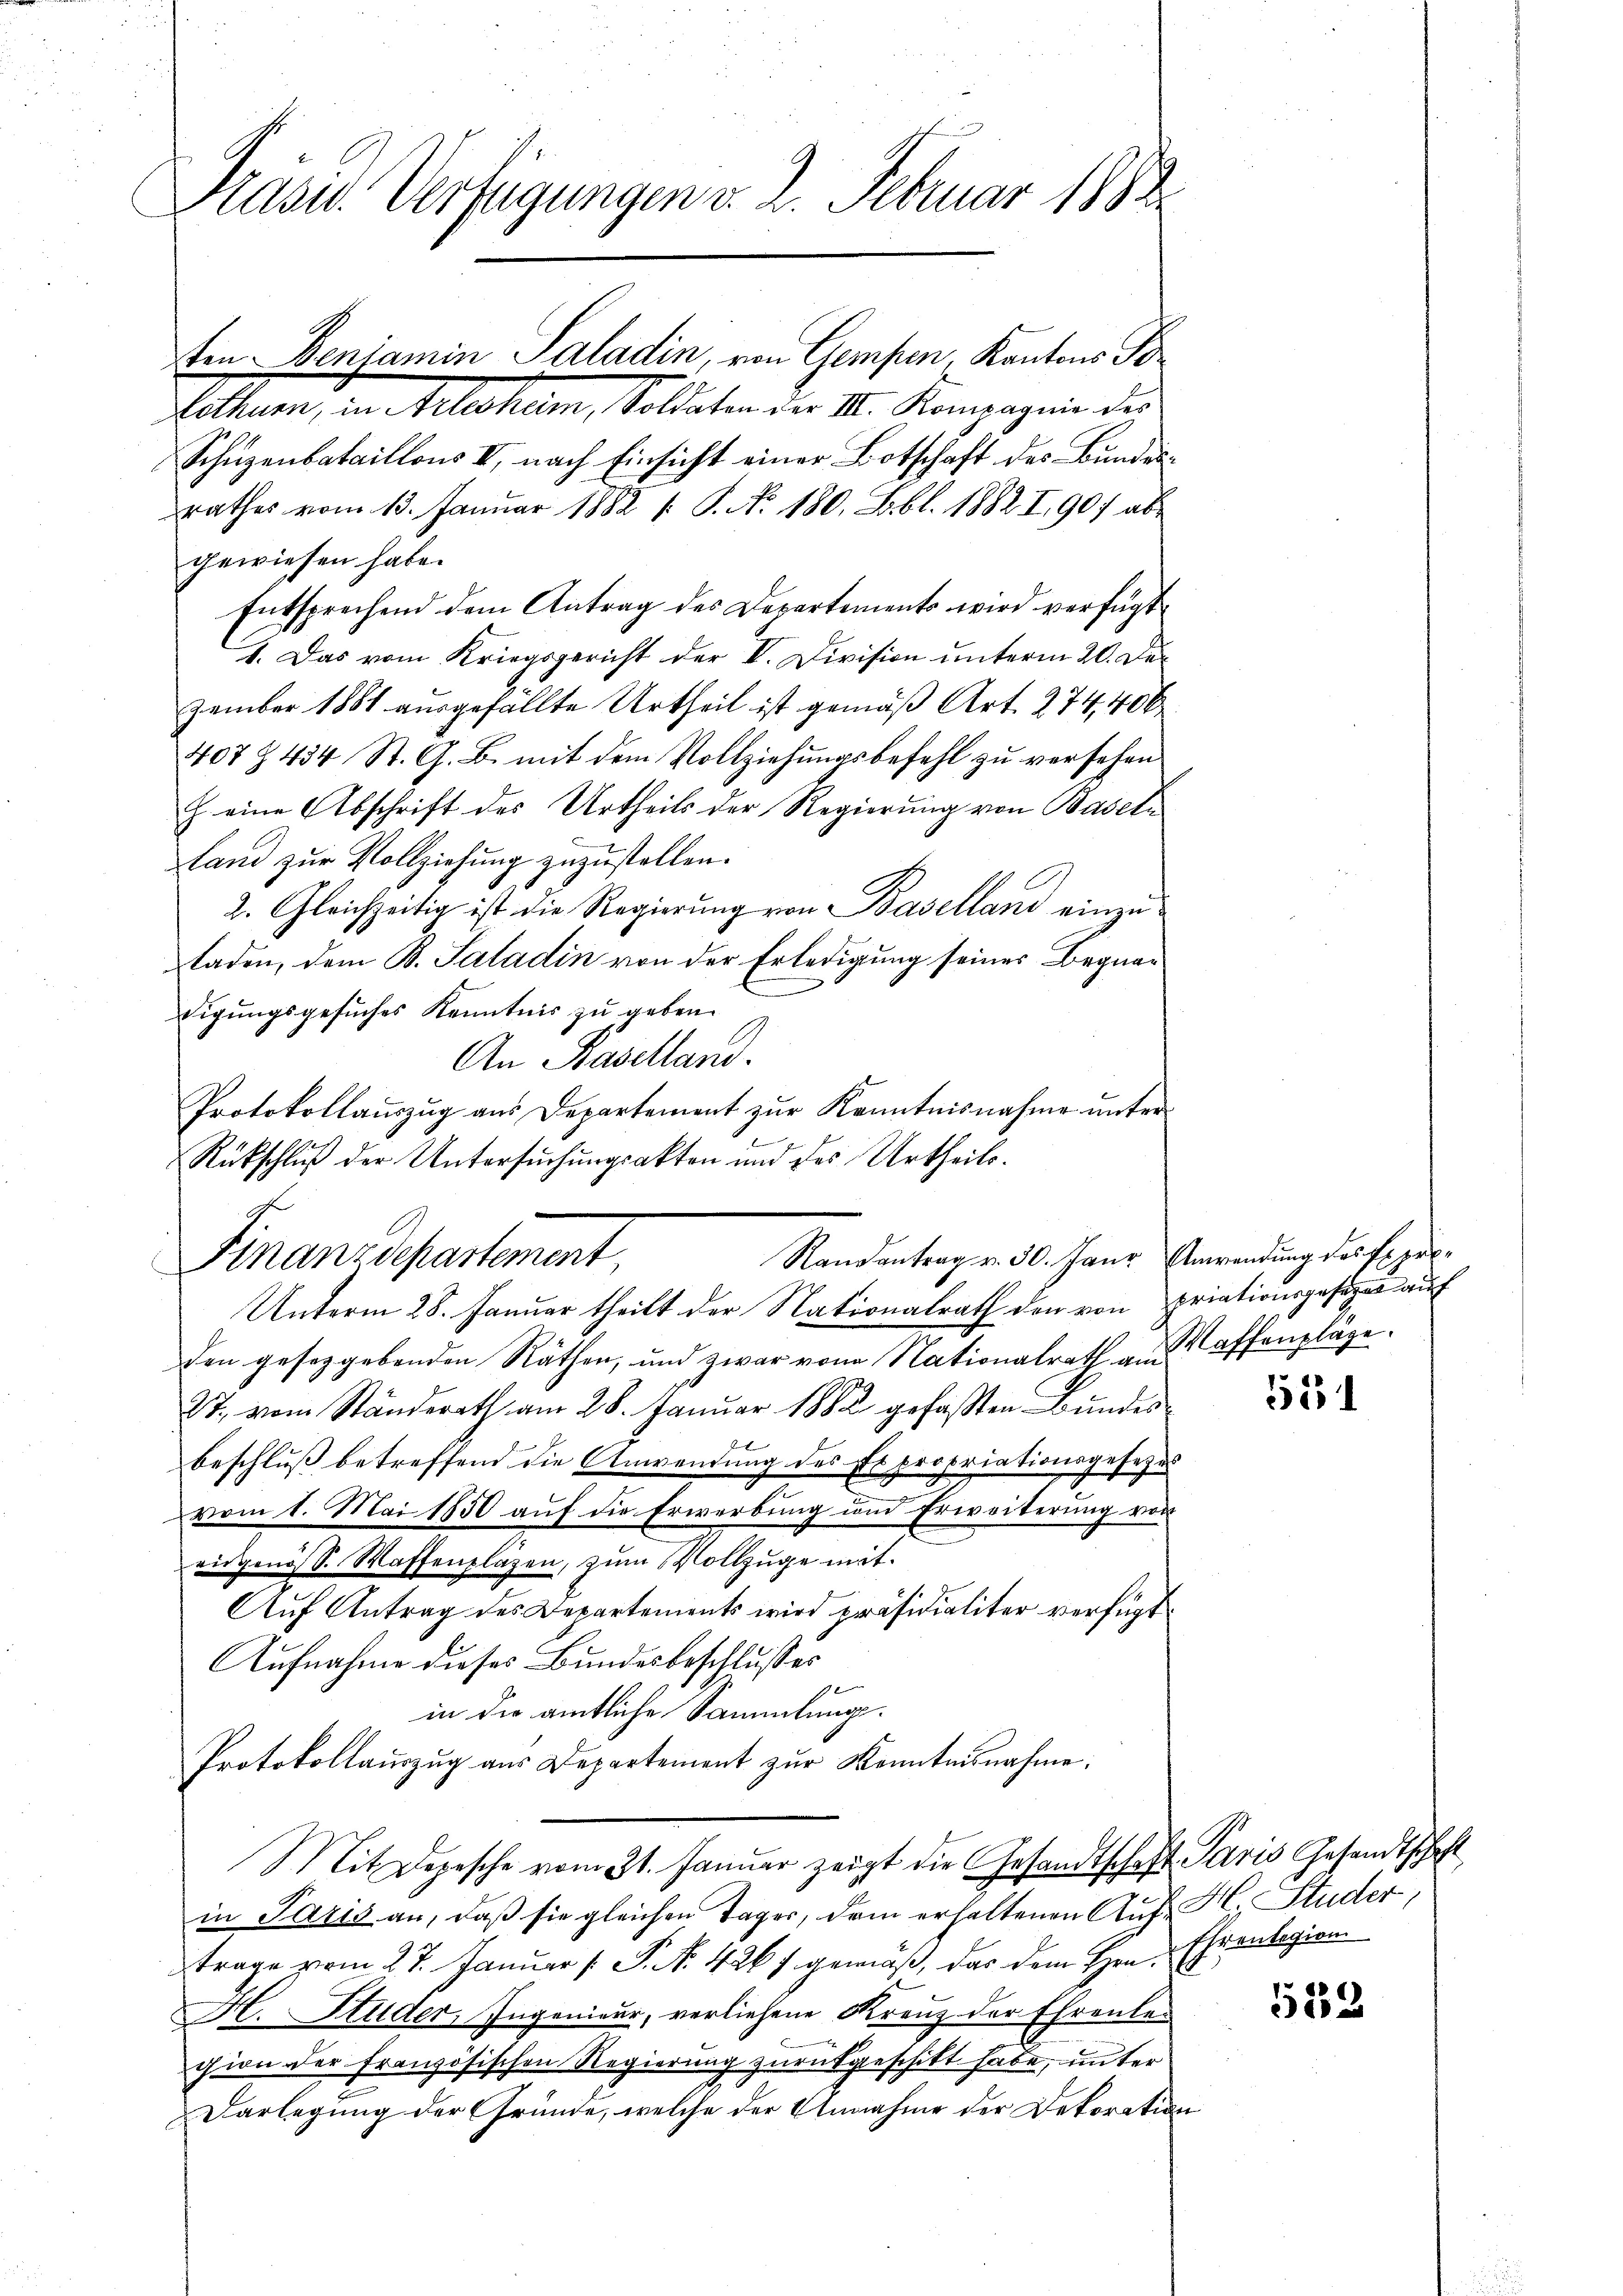
Präses Verfügungen v. 2. Februar 1883

Eltuen, in Alichem, Sollten der II. Kompagnie dies
Schuzenbataillons II, nach Einsicht einer Botschaft des Bundesrathes vom 13. Januar 1882 1. P. No. 180. Lbl. 1882 I 907 abe
gewiesen habe.
Entsprechend dem Antrag des Departements wird verfügt
1. Das vom Kriegsgericht der V. Division unterm 20. Dezember 1881 ausgefällte Urtheil ist gemäß Art. 274,400
407 § 434 St. G. B. mit dem Vollziehungsbefehl zu versehen
J. eine Abschrift des Urtheils der Regierung von Baseln
fand zur Vollziehung zuzustellen.
2. Gleichzeitig ist die Regierung von Baselland einzuladen, dem B. Saladin von der Erledigung seines Begnar
digungsgesuches Kenntnis zu geben.
An Baselland.
Protokollauszug aus Departement zur Kenntnisnahme unter
den gesetzgebenden Räthen, und zwar von Nationalrath am affenpläge¬
27, vom Standerath am 28. Januar 1882 gefaßten Bundes
beschluß betreffend die Anwendung des Expropriationsgesetzes
vom 1. Mai 1850 auf die Erwerbung und Erweiterung von
eidgenöss. Waffenpläzen, zum Vollzüge mit
Aŭf Antrag des Departements wird präsidialiter verfügt
Aufnahme dieses Bundesbeschlusses
in die amtliche Sammlungs¬
Protokollaŭszŭg aŭs Departement zŭr Kenntnisnahme:
Mit Depesche vom 31. Januar zeigt die Gesandtschaft Paris Gesandtschaft
in Paris an, daß sie gleichen Tages, dem erhaltenen Auf M. Studer,
trage vom 27. Januar [ P. No. 426 f. gemäß, das dem Hrn. Ehrenlegion.
H. Studer, Ingenieur, verliehene Kreuz der Ehrenlecion der Französischen Regierung zurückgeschikt habe, unter
Darlegung der Gründe, welche der Annahme der Dekoration

ten. Denjamin Paladin, von Gempen, Kantons Tor

Rückschluß der Untersuchungsakten und des Urtheil¬
Randantrag v. 30. Janr Anwendung des Erpre¬
Finanzdepartement,
Unterm 28. Januar theilt der Nationalrath den von priationsgesezes auf

551

552